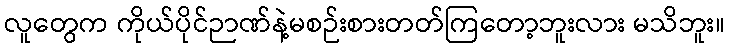
လူတွေက ကိုယ်ပိုင်ဉာဏ်နဲ့မစဉ်းစားတတ်ကြတော့ဘူးလား မသိဘူး။